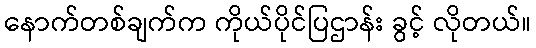
နောက်တစ်ချက်က ကိုယ်ပိုင်ပြဌာန်း ခွင့် လိုတယ်။